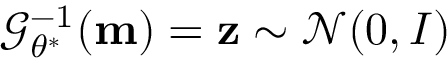
\mathcal { G } _ { \theta ^ { \ast } } ^ { - 1 } ( \mathbf { m } ) = \mathbf { z } \sim \mathcal { N } ( 0 , I )